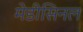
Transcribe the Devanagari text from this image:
मेडीसिनल